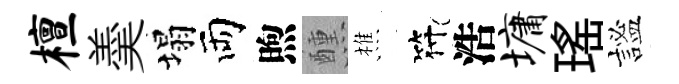
檀羮塌両煦醺樵符浩墉瑶謐